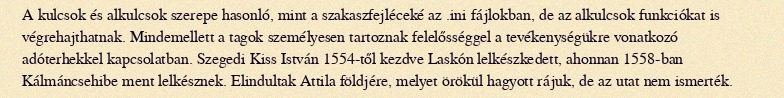
A kulcsok és alkulcsok szerepe hasonló, mint a szakaszfejléceké az .ini fájlokban, de az alkulcsok funkciókat is végrehajthatnak. Mindemellett a tagok személyesen tartoznak felelősséggel a tevékenységükre vonatkozó adóterhekkel kapcsolatban. Szegedi Kiss István 1554-től kezdve Laskón lelkészkedett, ahonnan 1558-ban Kálmáncsehibe ment lelkésznek. Elindultak Attila földjére, melyet örökül hagyott rájuk, de az utat nem ismerték.